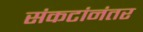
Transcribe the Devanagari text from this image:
संकटांनंतर